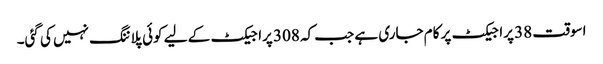
اسوقت 38 پراجیکٹ پر کام جاری ہے جب کہ 308 پراجیکٹ کے لیے کوئی پلاننگ نہیں کی گئی۔